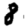
Digit: 8